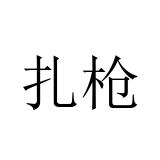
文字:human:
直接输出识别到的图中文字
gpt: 扎枪